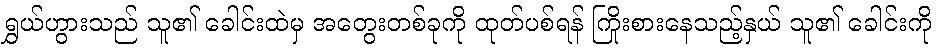
ရွှယ်ဟွားသည် သူ၏ ခေါင်းထဲမှ အတွေးတစ်ခုကို ထုတ်ပစ်ရန် ကြိုးစားနေသည့်နှယ် သူ၏ ခေါင်းကို